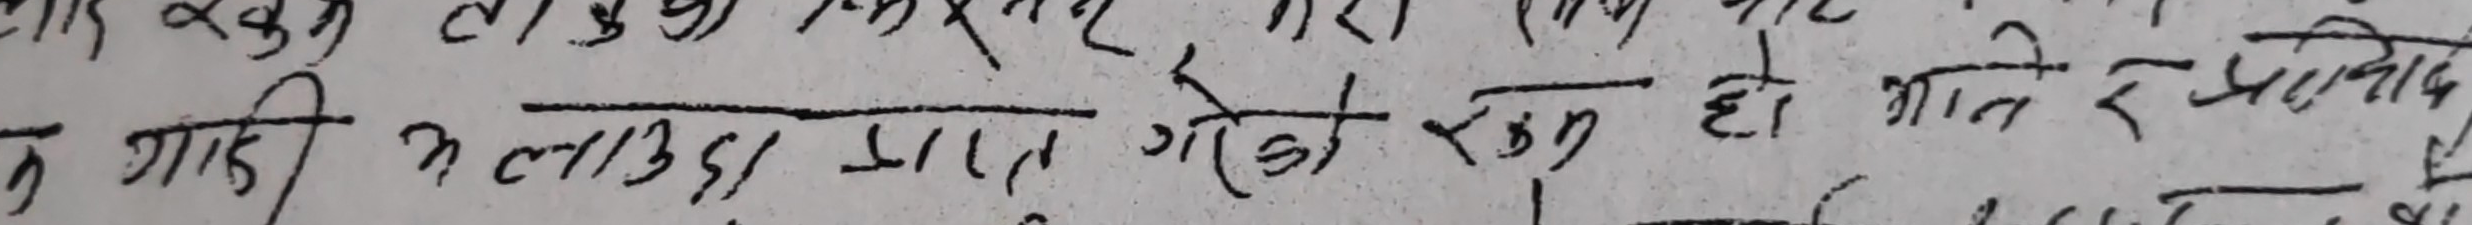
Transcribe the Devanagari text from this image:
न गाडी म लाउदा प्राप्त गरेको रकम हो आने र प्रमाणित